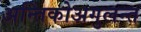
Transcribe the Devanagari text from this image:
अन्तिकोअगुलन्त